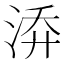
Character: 𭰡